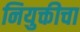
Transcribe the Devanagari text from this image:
नियुक्तीचा